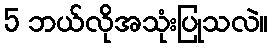
5 ဘယ်လိုအသုံးပြုသလဲ။